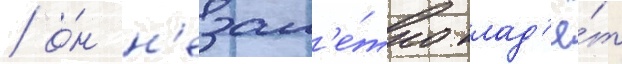
/ о́н н'езам'е́тно клад'ё́т